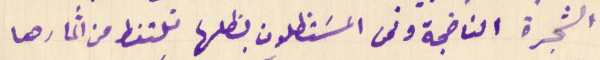
الشجرة الناضجة ونحن المسَتظلون بظلها نلتقط من اثمارها